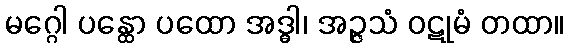
မဂ္ဂေါ ပန္ထော ပထော အဒ္ဓါ၊ အဉ္ဇသံ ဝဋုမံ တထာ။